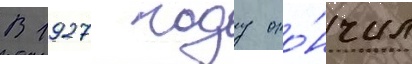
В 1927 году око́нчил